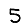
Digit: 5